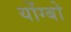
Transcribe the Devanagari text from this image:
योंग्बो